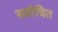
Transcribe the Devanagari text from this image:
सशेधित